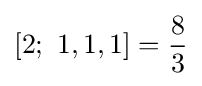
[2;\ 1,1,1]={\frac {8}{3}}